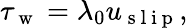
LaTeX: \tau_{\mathrm{~w~}}=\lambda_{0}u_{\mathrm{~s~l~i~p~}},